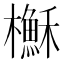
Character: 櫯